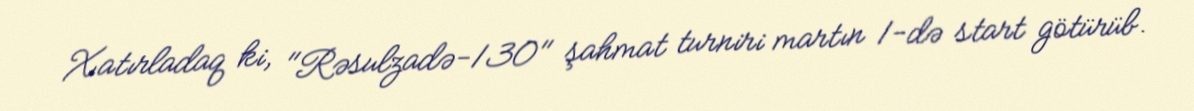
Xatırladaq ki, "Rəsulzadə-130" şahmat turniri martın 1-də start götürüb.